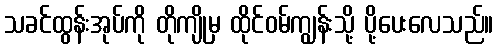
သခင်ထွန်းအုပ်ကို တိုကျိုမှ ထိုင်ဝမ်ကျွန်းသို့ ပို့ပေးလေသည်။